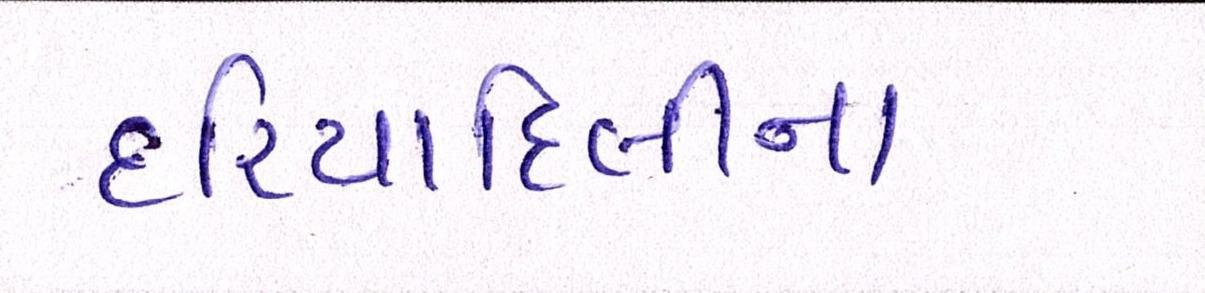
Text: દરિયાદિલીના